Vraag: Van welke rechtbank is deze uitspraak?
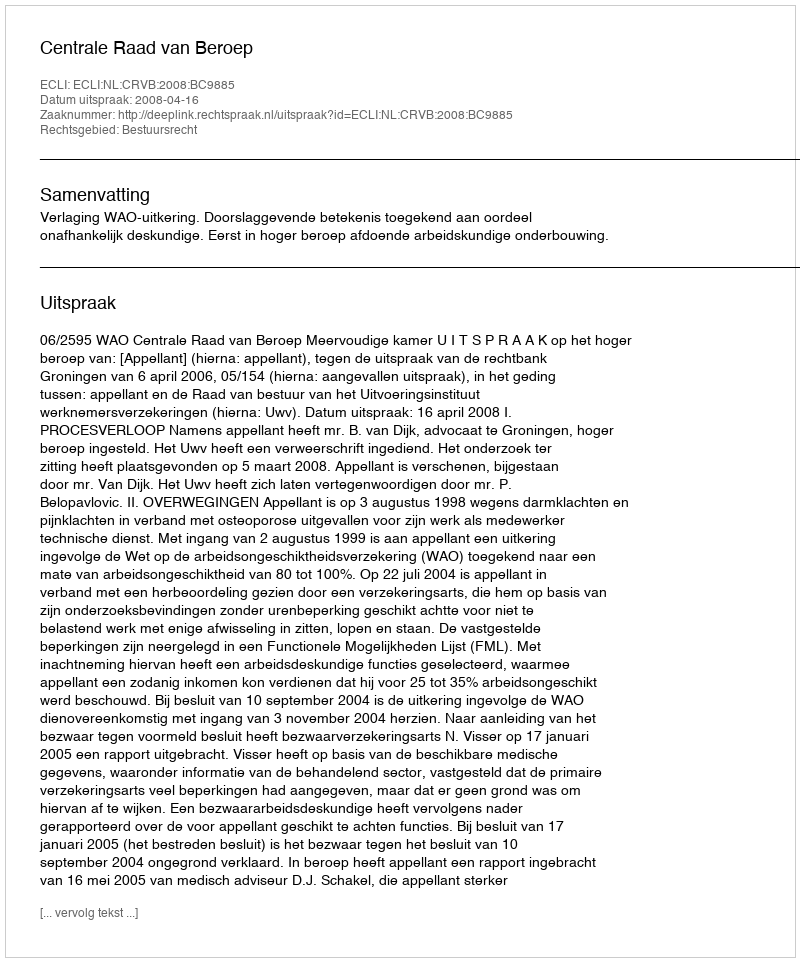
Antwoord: Centrale Raad van Beroep